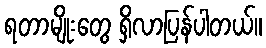
ရတာမျိုးတွေ ရှိလာပြန်ပါတယ်။